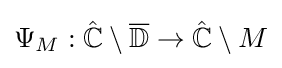
\Psi _{M}:\mathbb {\hat {C}} \setminus {\overline {\mathbb {D} }}\to \mathbb {\hat {C}} \setminus M